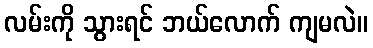
လမ်းကို သွားရင် ဘယ်လောက် ကျမလဲ။